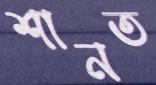
শানত